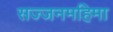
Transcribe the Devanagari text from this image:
सज्जनमहिमा